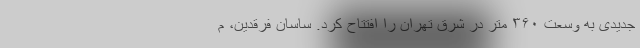
جدیدی به وسعت ۳۶۰ متر در شرق تهران را افتتاح کرد. ساسان فرقدین، م